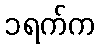
၁ရက်က